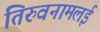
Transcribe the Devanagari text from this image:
तिरुवनामलई